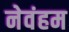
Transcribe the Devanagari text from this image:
नेवंहम